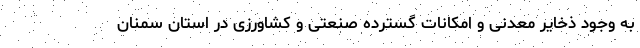
به وجود ذخایر معدنی و امکانات گسترده صنعتی و کشاورزی در استان سمنان